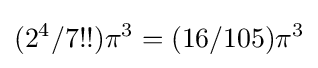
(2^{4}/7!!)\pi ^{3}=(16/105)\pi ^{3}